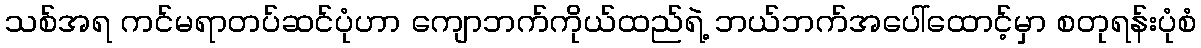
သစ်အရ ကင်မရာတပ်ဆင်ပုံဟာ ကျောဘက်ကိုယ်ထည်ရဲ့ ဘယ်ဘက်အပေါ်ထောင့်မှာ စတုရန်းပုံစံ